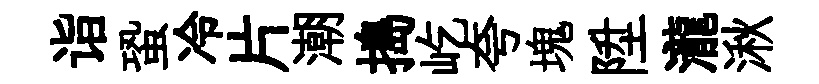
诣蛩冷片潮搗屹夸塊陞瀧湫